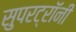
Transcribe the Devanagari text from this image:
सुपरट्रॉनी